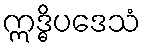
ဣဒ္ဓိပဒေသံ